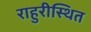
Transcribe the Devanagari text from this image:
राहुरीस्थित